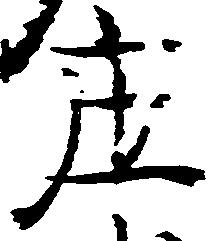
庄